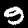
Digit: 9